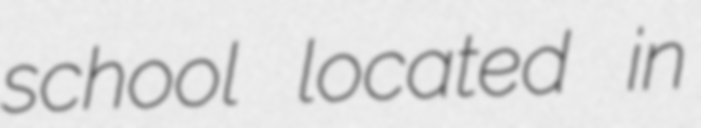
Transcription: school located in